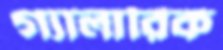
গ্যালারিক